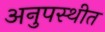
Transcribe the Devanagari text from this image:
अनुपस्थीत